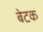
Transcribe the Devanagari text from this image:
बेटक